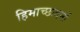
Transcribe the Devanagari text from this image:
हिमाच्छादनों